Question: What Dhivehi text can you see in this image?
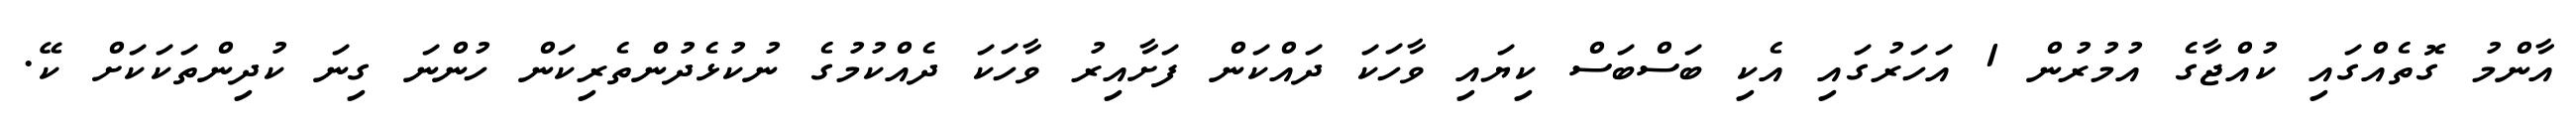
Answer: އާންމު ގޮތެއްގައި ކުއްޖާގެ އުމުރުން 1 އަހަރުގައި އެކި ބަސްބަސް ކިޔައި ވާހަކަ ދައްކަން ފަށާއިރު ވާހަކަ ދެއްކުމުގެ ނުކުޅެދުންތެރިކަން ހުންނަ ގިނަ ކުދިންތަކަކަށް ކޭ.